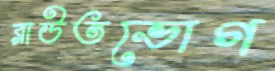
রাউতভোগ